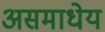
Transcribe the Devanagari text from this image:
असमाधेय